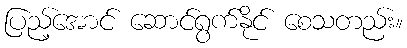
ပြည့်အောင် ဆောင်ရွက်နိုင် စေသတည်း။